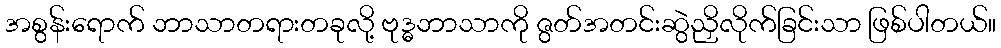
အစွန်းရောက် ဘာသာတရားတခုလို့ ဗုဒ္ဓဘာသာကို ဇွတ်အတင်းဆွဲညှိလိုက်ခြင်းသာ ဖြစ်ပါတယ်။